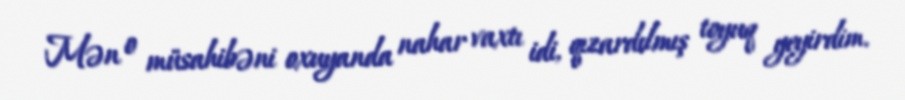
Mən o müsahibəni oxuyanda nahar vaxtı idi, qızardılmış toyuq yeyirdim.